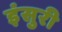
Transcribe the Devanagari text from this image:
इंसुरी